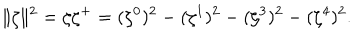
LaTeX: \| \zeta \| ^ { 2 } = \zeta { \zeta } ^ { + } = ( \zeta ^ { 0 } ) ^ { 2 } - ( \zeta ^ { 1 } ) ^ { 2 } - ( \zeta ^ { 3 } ) ^ { 2 } - ( \zeta ^ { 4 } ) ^ { 2 } .